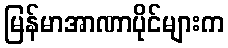
မြန်မာအာဏာပိုင်များက